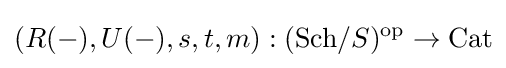
(R(-),U(-),s,t,m):(\mathrm {Sch} /S)^{\mathrm {op} }\to {\text{Cat}}